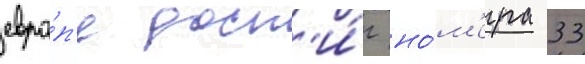
евро́п'е дост'и́г но́м'ера 33